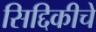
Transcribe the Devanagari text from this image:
सिद्दिकीचे